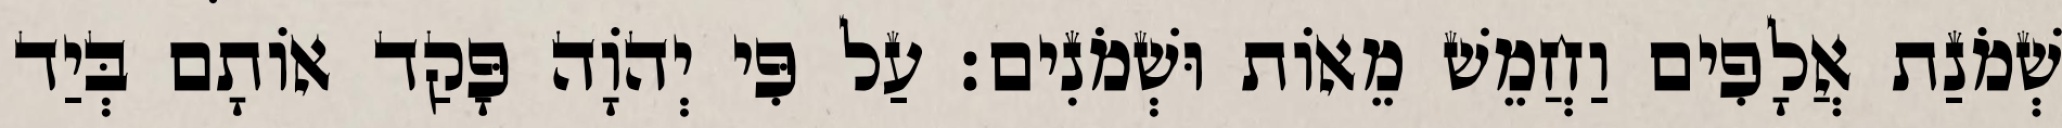
שְׁמֹנַת אֲלָפִים וַחֲמֵשׁ מֵאוֹת וּשְׁמֹנִים׃ עַל פִּי יְהֹוָה פָּקַד אוֹתָם בְּיַד